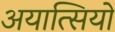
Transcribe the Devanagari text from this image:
अयात्सियो